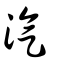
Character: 汽